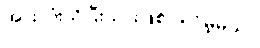
အားလုံးသိပြီးသားဖြစ်ပါလိမ့်မယ်။